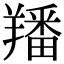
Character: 羳